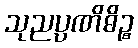
သုညပ္ပဏိဓိဉ္စ